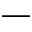
-